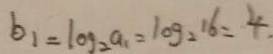
b _ { 1 } = \log _ { 2 } a _ { 1 } = \log _ { 2 } 1 6 = 4 .